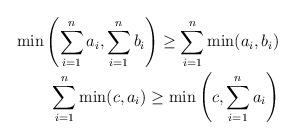
LaTeX: \begin{align*}\min\left(\sum_{i=1}^n a_i, \sum_{i=1}^n b_i\right) \geq \sum_{i=1}^n \min(a_i, b_i) \\\sum_{i=1}^n \min (c, a_i) \geq \min \left(c, \sum_{i=1}^n a_i\right)\end{align*}